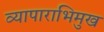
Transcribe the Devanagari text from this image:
व्यापाराभिमुख